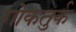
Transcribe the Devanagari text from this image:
गोकतुर्क